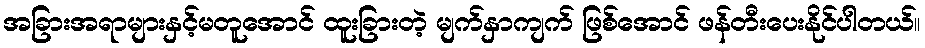
အခြားအရာများနှင့်မတူအောင် ထူးခြားတဲ့ မျက်နှာကျက် ဖြစ်အောင် ဖန်တီးပေးနိုင်ပါတယ်။